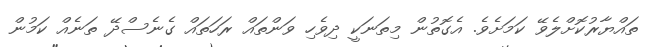
ތައްޔާރުކޮށްލެވޭ ކަމަށެވެ. އެގޮތުން މިތަނަކީ ދިވެހި ވަންތައް ރަހަތައް ގެނެސްދޭ ތަނެއް ކަމުން